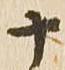
十